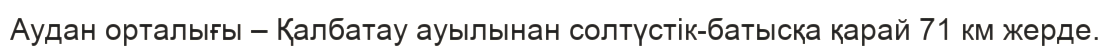
Аудан орталығы – Қалбатау ауылынан солтүстік-батысқа қарай 71 км жерде.